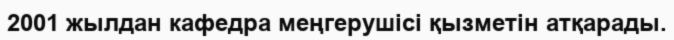
2001 жылдан кафедра меңгерушісі қызметін атқарады.